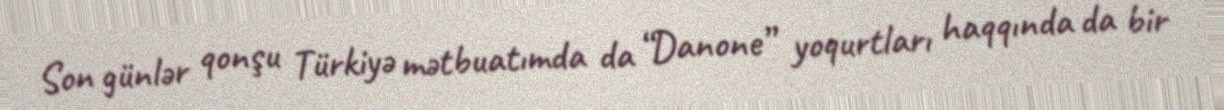
Son günlər qonşu Türkiyə mətbuatımda da “Danone” yoqurtları haqqında da bir